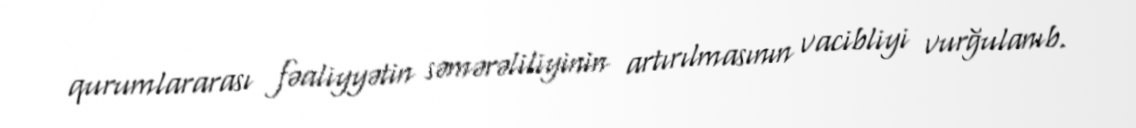
qurumlararası fəaliyyətin səmərəliliyinin artırılmasının vacibliyi vurğulanıb.